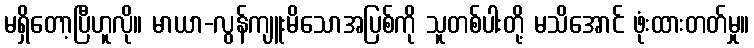
မရှိတော့ပြီဟူလို။ မာယာ-လွန်ကျူးမိသောအပြစ်ကို သူတစ်ပါးတို့ မသိအောင် ဖုံးထားတတ်မှု။